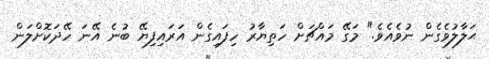
ޙަލާލުވެގެން ނުވެއެވެ." މަގޭ މައްޗަށް ހަތިޔާރު ހިފައިގެން އަރައިފިޔޭ ބުނެ އޭނަ ހޭދަކޮށްލަން